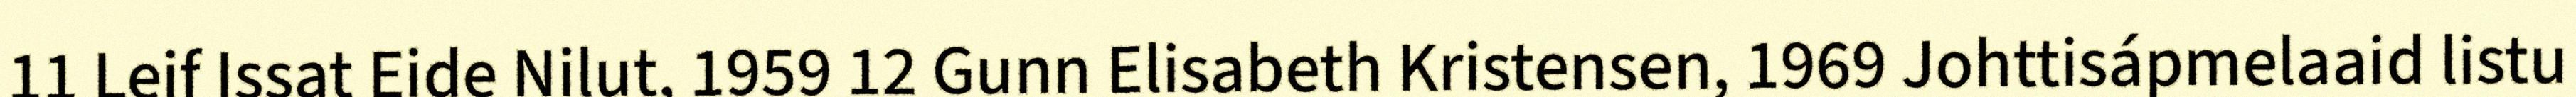
11 Leif Issat Eide Nilut, 1959 12 Gunn Elisabeth Kristensen, 1969 Johttisápmelaaid listu